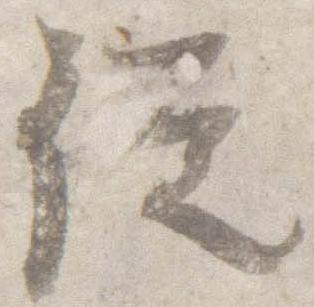
従